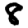
Digit: 8